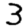
Digit: 3